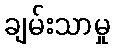
ချမ်းသာမှု